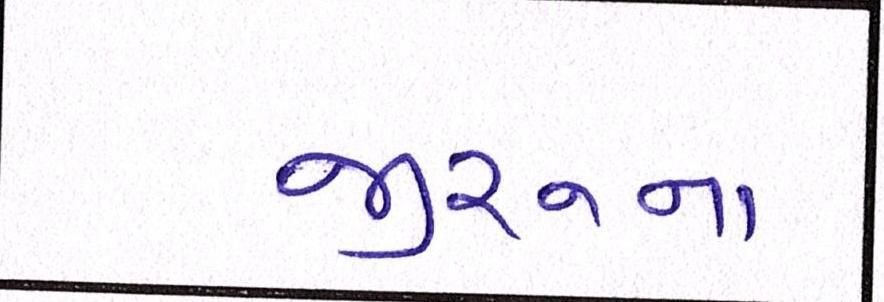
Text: જીરુના